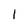
Character: l